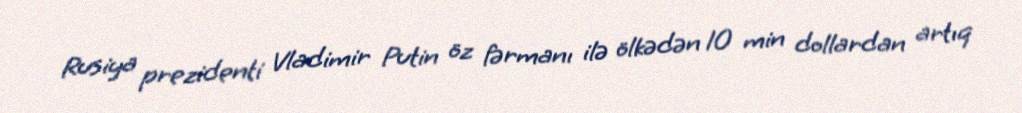
Rusiya prezidenti Vladimir Putin öz fərmanı ilə ölkədən 10 min dollardan artıq